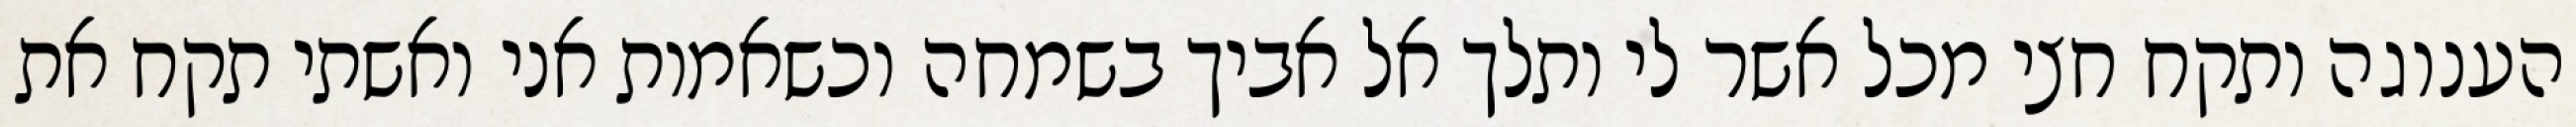
הענוגה ותקח חצי מכל אשר לי ותלך אל אביך בשמחה וכשאמות אני ואשתי תקח את